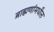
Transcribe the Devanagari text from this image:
ब्राह्मणांमधील